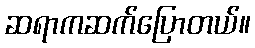
ဆရာကဆက်ပြောတယ်။